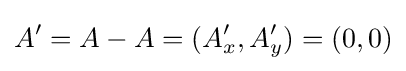
A'=A-A=(A'_{x},A'_{y})=(0,0)